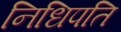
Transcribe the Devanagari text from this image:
निधिपति